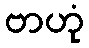
ဗာဟုံ